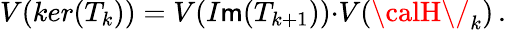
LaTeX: V(ker(T_{k}))=V(I\mathsf{m}(T_{k+1})){\cdot}V({\calH\/ }_{k})\, .